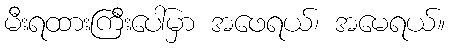
မီးရထားကြီးပေါ်မှာ အဖေရယ်၊ အမေရယ်။